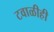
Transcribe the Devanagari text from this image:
टवाळीही